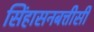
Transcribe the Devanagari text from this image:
सिंहासनबत्तीसी